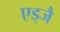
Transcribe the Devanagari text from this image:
एड्जै